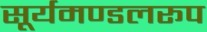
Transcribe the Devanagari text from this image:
सूर्यमण्डलरूप